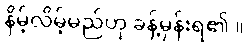
နိမ့်လိမ့်မည်ဟု ခန့်မှန်းရ၏ ။